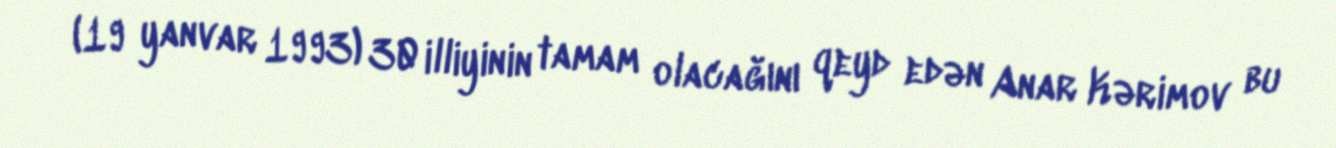
(19 yanvar 1993) 30 illiyinin tamam olacağını qeyd edən Anar Kərimov bu